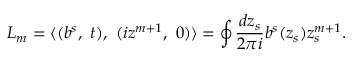
L _ { m } = \langle ( b ^ { s } , \ t ) , \ ( i z ^ { m + 1 } , \ 0 ) \rangle = \oint \frac { d z _ { s } } { 2 \pi i } b ^ { s } ( z _ { s } ) z _ { s } ^ { m + 1 } .